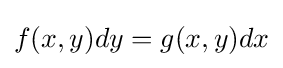
f(x,y)dy=g(x,y)dx